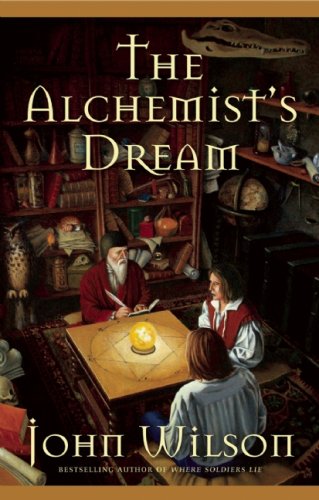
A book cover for The Alchemist's Dream; John Wilson; Teen & Young Adult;